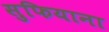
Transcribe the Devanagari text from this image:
सुफियाना